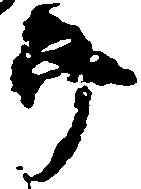
郎